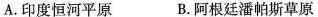
A.印度恒河平原 B.阿根廷潘帕斯草原